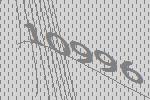
10996